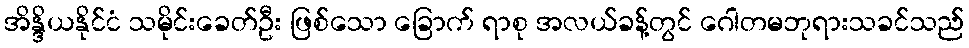
အိန္ဒိယနိုင်ငံ သမိုင်းခေတ်ဦး ဖြစ်သော ခြောက် ရာစု အလယ်ခန့်တွင် ဂေါတမဘုရားသခင်သည်